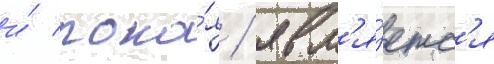
и́ поко́я / явл'я́етс'я